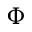
\boldsymbol { \Phi }